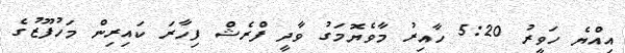
އިއްޔެ ހަވީރު 5:20 ހާއިރު މާވެޔޮމަގު ވާދީ ފްރެޝް ފިހާރަ ކައިރިން މަހުފޫޒުގެ